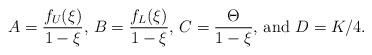
LaTeX: \begin{align*}A = \frac{f_U(\xi)}{1 - \xi}\mbox{, }B = \frac{f_L(\xi)}{1 - \xi}\mbox{, }C = \frac{\Theta}{1 - \xi}\mbox{, and }D = K/4.\end{align*}